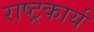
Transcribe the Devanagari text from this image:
राष्ट्रकार्य